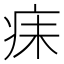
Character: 𪽬